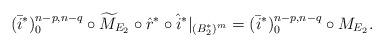
LaTeX: \begin{align*}(\bar{i}^*)_0^{n-p,n-q} \circ \widetilde M_{E_2} \circ \hat{r}^*\circ\hat{i}^*|_{(B_2^*)^m}=(\bar{i}^*)_0^{n-p,n-q} \circ M_{E_2}.\end{align*}